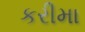
કરીમા